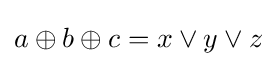
a\oplus b\oplus c=x\lor y\lor z